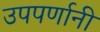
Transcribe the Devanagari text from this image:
उपपर्णानी